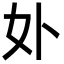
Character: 𭑧